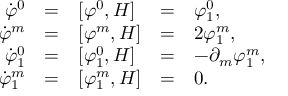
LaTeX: \begin{array} { r c l c l } { { \dot { \varphi } ^ { 0 } } } & { { = } } & { { [ \varphi ^ { 0 } , H ] } } & { { = } } & { { \varphi _ { 1 } ^ { 0 } , } } \\ { { \dot { \varphi } ^ { m } } } & { { = } } & { { [ \varphi ^ { m } , H ] } } & { { = } } & { { 2 \varphi _ { 1 } ^ { m } , } } \\ { { \dot { \varphi } _ { 1 } ^ { 0 } } } & { { = } } & { { [ \varphi _ { 1 } ^ { 0 } , H ] } } & { { = } } & { { - \partial _ { m } \varphi _ { 1 } ^ { m } , } } \\ { { \dot { \varphi } _ { 1 } ^ { m } } } & { { = } } & { { [ \varphi _ { 1 } ^ { m } , H ] } } & { { = } } & { { 0 . } } \end{array}